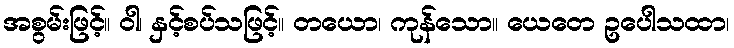
အစွမ်းဖြင့်။ ဝါ၊ နှင့်စပ်သဖြင့်။ တယော၊ ကုန်သော။ ယေတေ ဥပေါသထာ၊